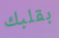
بقلبك